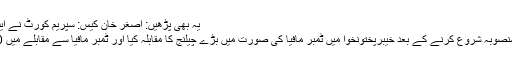
یہ بھی پڑھیں: اصغر خان کیس: سپریم کورٹ نے ایف آئی اے سے ضمنی رپورٹ طلب کرلی
عمران خان نے کہا کہ بلین ٹری سونامی منصوبہ شروع کرنے کے بعد خیبرپختونخوا میں ٹمبر مافیا کی صورت میں بڑے چیلنج کا مقابلہ کیا اور ٹمبر مافیا سے مقابلے میں 10 فارسٹ گارڈز نے جانوں کا نذرانہ دیا۔